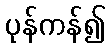
ပုန်ကန်၍